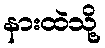
နားထဲသို့